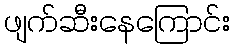
ဖျက်ဆီးနေကြောင်း